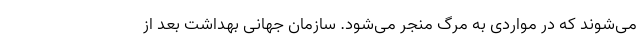
می‌شوند که در مواردی به مرگ منجر می‌شود. سازمان جهانی بهداشت بعد از